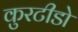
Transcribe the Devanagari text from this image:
कुरटीडो